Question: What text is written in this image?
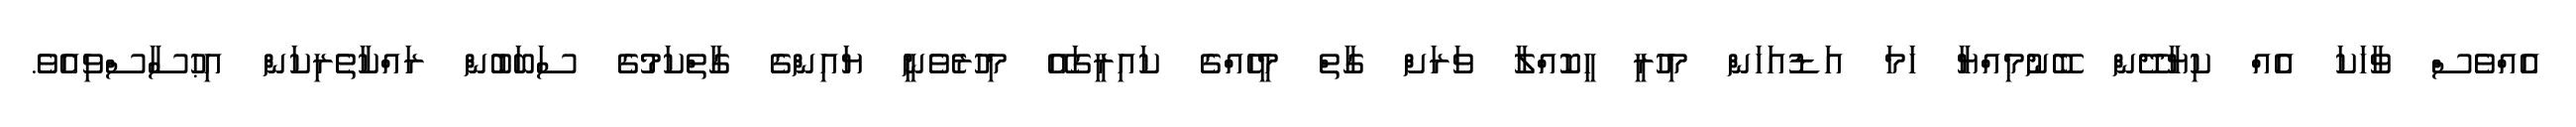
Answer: އެއްވެސް ވާހަކަ އެއް ކިޔާދޭން ބޭނުމިއްޔާ ހަމަ އަޑުއަހަން މިހުރީ ހީކޮއްލާ ވަރަށް ގާތް މީހެއްގެ ކައިރީގައޭ މިހުރެވެނީ ޔައިންގެ ގާތްކަމުގެ ސަބަބުން ރައްކާތެރިކަން އިޙުސާސްވިއެވެ.